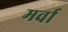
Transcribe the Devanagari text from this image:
मर्वा